Holstre_vallavalitsus, lk 103
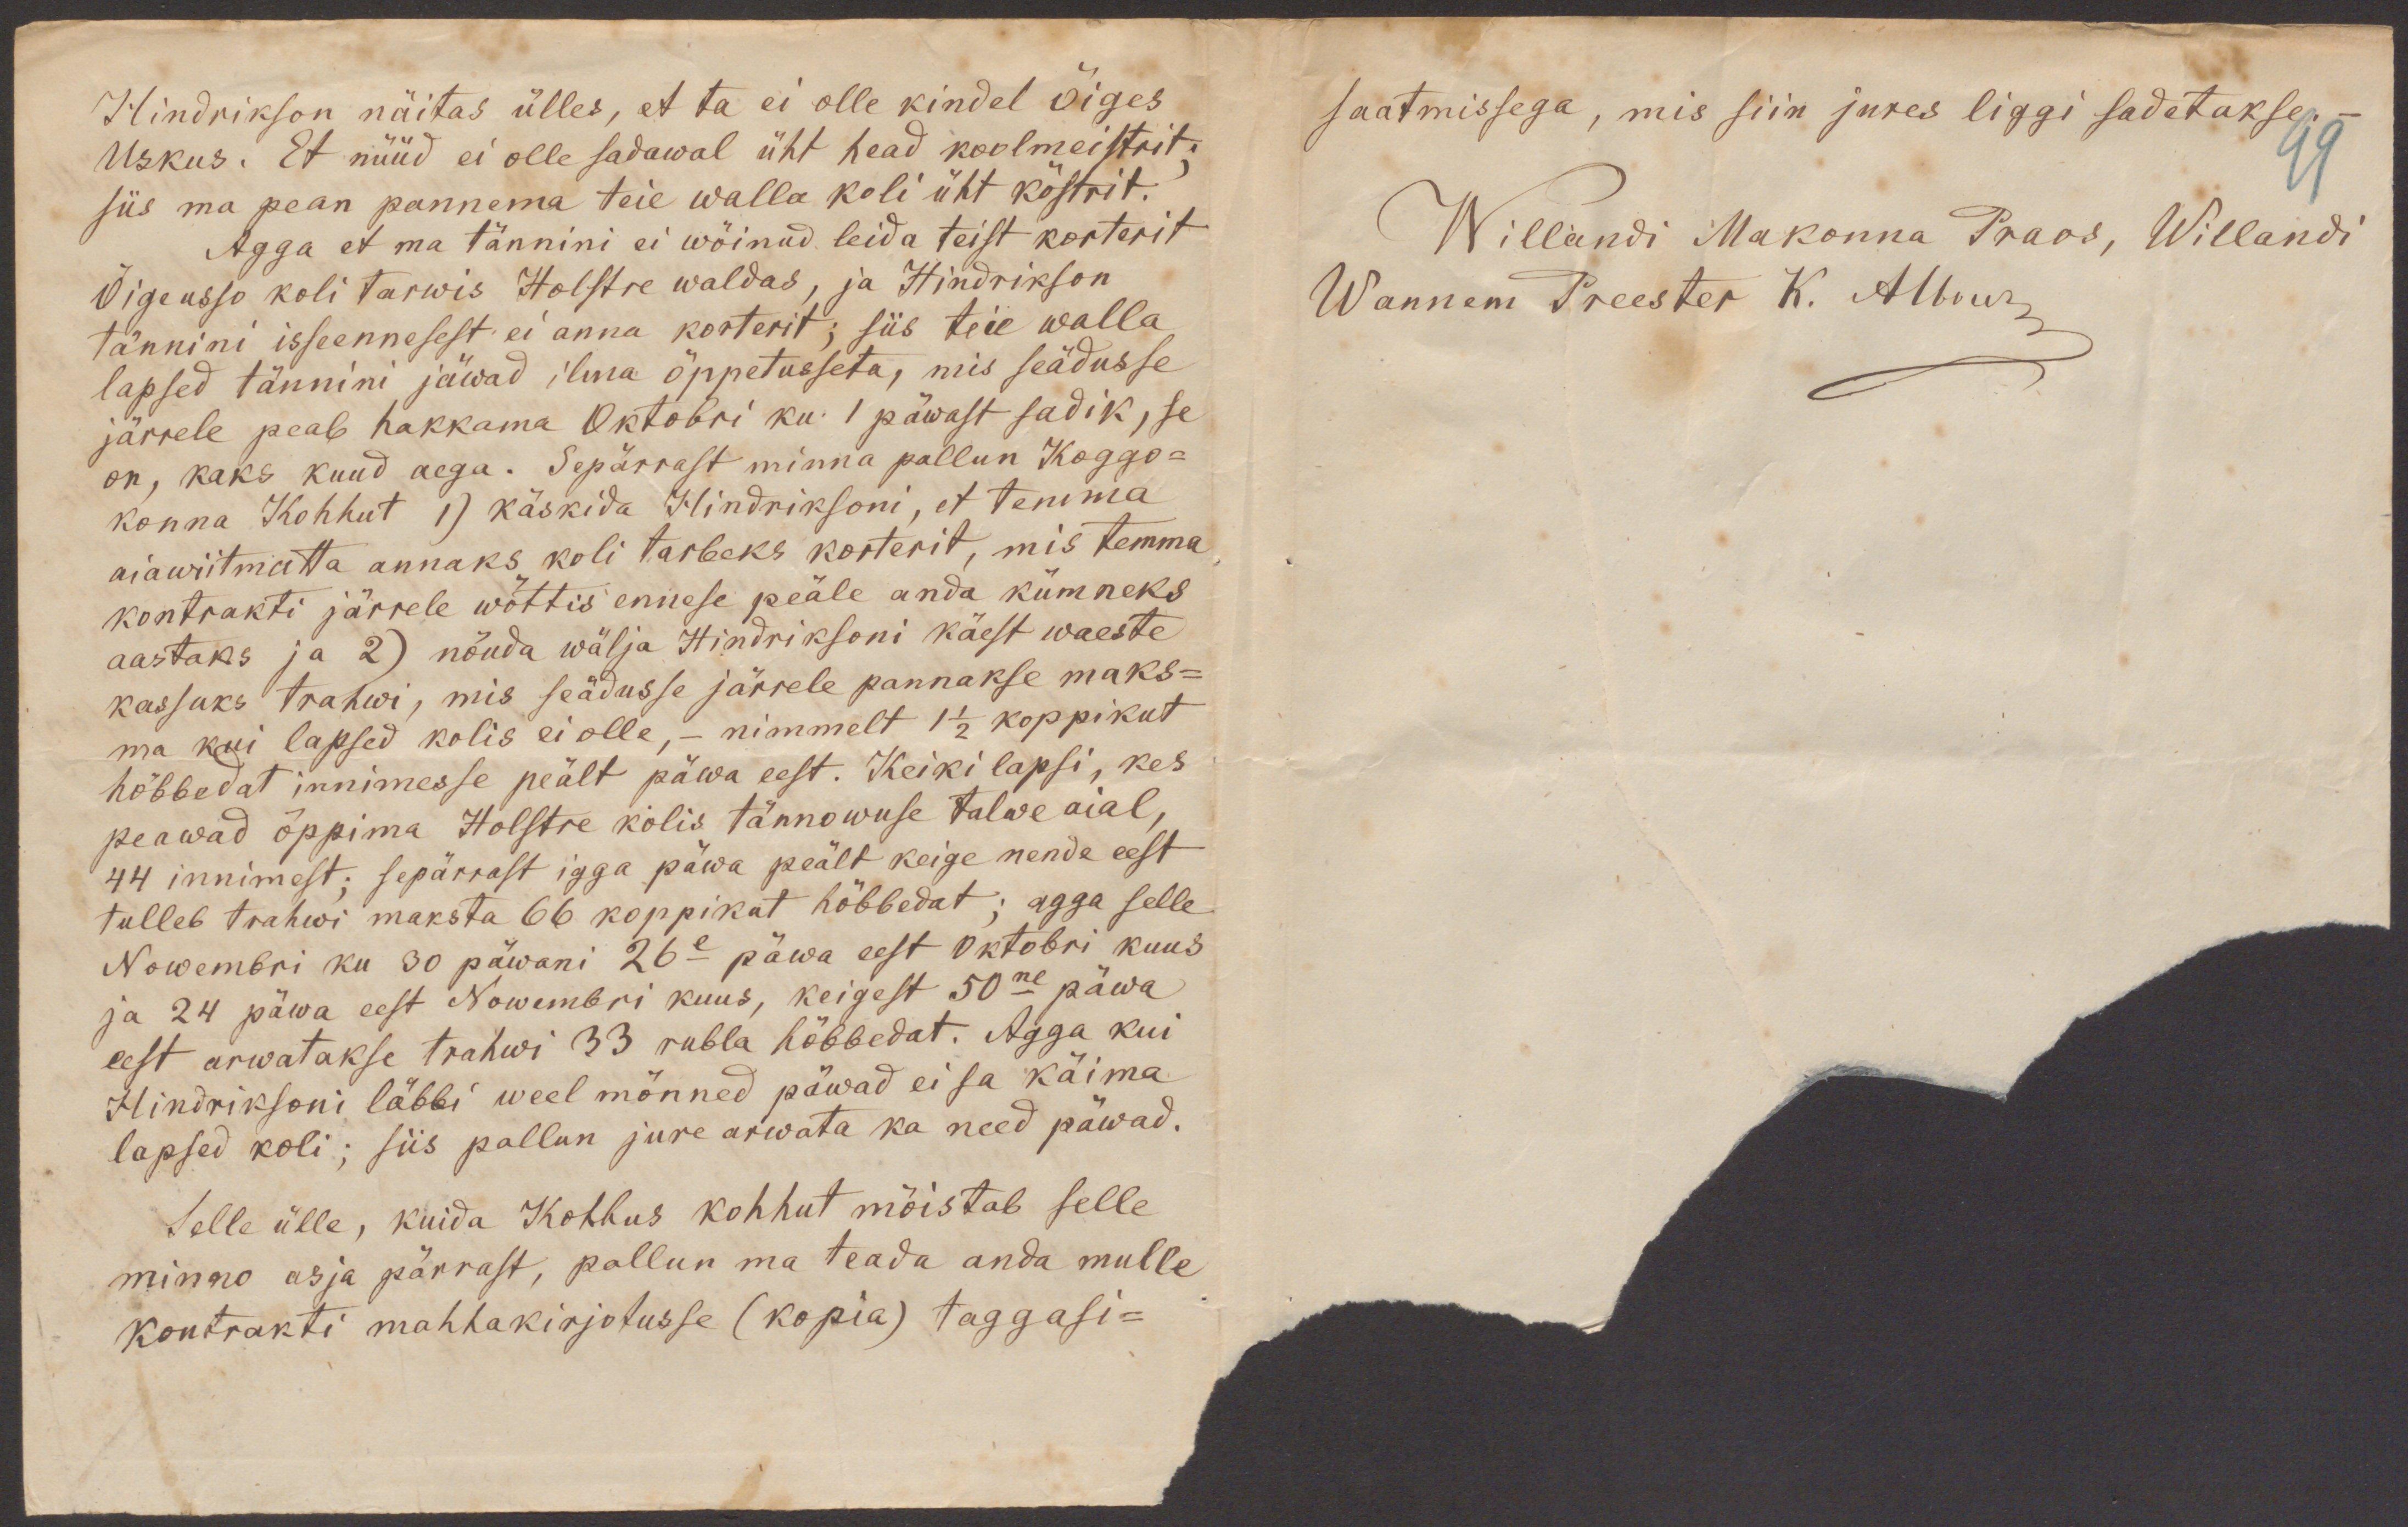
Hindrikson näitas ülles, et ta ei olle kindel õiges
Uskus. Et nüüd ei olle sadawal üht head koolmeistrit;
siis ma pean pannema teie walla koli üht köstrit.
Agga et ma tännini ei wõinud leida teist korterit
Õigeusso koli tarwis Holstre waldas, ja Hindrikson
tännini isseennesest ei anna korterit; siis teie walla
lapsed tännini jäwad ilma õppetusseta, mis seadusse
järrele peab hakkama Oktobri ku. 1 päwast sadik, se
on, kaks kuud aega. Sepärrast minna pallun Koggo-
konna Kohhut 1) käskida Hindriksoni, et temma
aiawiitmatta annaks, koli tarbeks korterit, mis temma
kontrakti järrele wõttis ennese peale anda kümneks
aastaks ja 2) nõuda wälja Hindriksoni käest waeste
kassuks trahwi, mis seadusse järrele pannakse maks-
ma kui lapsed kolis ei olle, - nimmelt 1 1/2 koppikut
hõbbedat innimesse peält päwa eest. Keiki lapsi, kes
peawad õppima Holstre kolis tännowuse talwe aial,
44 innimest; sepärrast igga päwa peält keige nende eest
tulleb trahwi maksta 66 koppikut hõbbedat; agga selle
Nowembri ku 30 päwani 26e päwa eest Oktobri kuus
ja 24 päwa eest Nowembri kuus, keigest 50ne päwa
eest arwatakse trahwi 33 rubla hõbbedat. Agga kui
Hindriksoni läbbi weel mõnned päwad ei sa käima
lapsed koli; siis pallun jure arwata ka need päwad.
Selle ülle, kuida Kohhus kohhut mõistab selle
minno asja pärrast, pallun ma teada anda mulle
kontrakti mahhakirjotusse (kopia) taggasi-

saatmissega, mis siin jures liggi sadetakse.
Willandi Makonna Praos, Willandi
Wannem Preester K. Albus